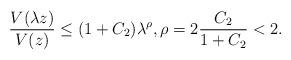
LaTeX: \begin{align*}\frac{V(\lambda z)}{V(z)}\le (1+C_2)\lambda^\rho, \rho = 2\frac{C_2}{1+C_2}<2.\end{align*}